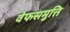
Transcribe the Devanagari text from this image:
वेफसमुत्ति